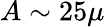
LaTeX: A\sim 25\mu